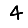
Digit: 4